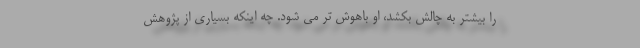
را بیشتر به چالش بکشد، او باهوش تر می شود. چه اینکه بسیاری از پژوهش